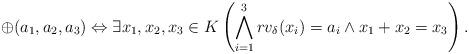
LaTeX: \begin{align*}\oplus(a_1,a_2,a_3) \Leftrightarrow \exists x_1,x_2,x_3\in K\left(\bigwedge_{i=1}^3 rv_\delta(x_i)=a_i \wedge x_1+x_2=x_3\right).\end{align*}